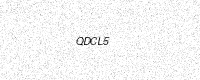
Text: QDCL5